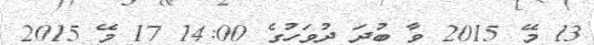
13 މޭ 2015 ވާ ބުދަ ދުވަހުގެ 14:00 17 މޭ 2015